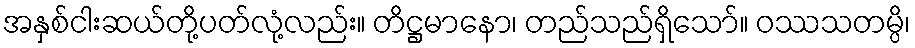
အနှစ်ငါးဆယ်တို့ပတ်လုံ့လည်း။ တိဋ္ဌမာနော၊ တည်သည်ရှိသော်။ ဝဿသတမ္ပိ၊